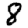
Digit: 8